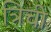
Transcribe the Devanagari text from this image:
त्रिची